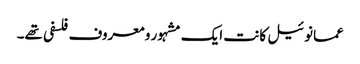
عمانوئیل کانت ایک مشہور و معروف فلسفی تھے۔